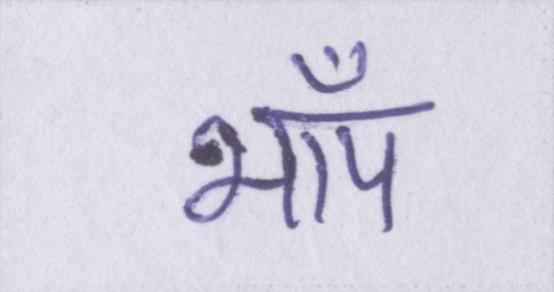
भाँप